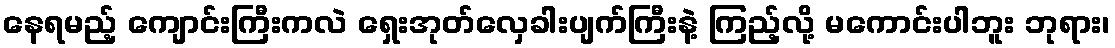
နေရမည့် ကျောင်းကြီးကလဲ ရှေးအုတ်လှေခါးပျက်ကြီးနဲ့ ကြည့်လို့ မကောင်းပါဘူး ဘုရား၊